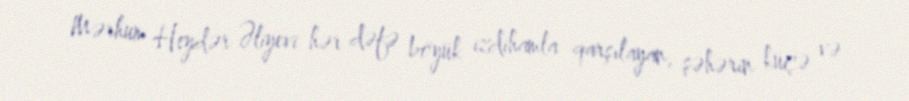
Mərhum Heydər Əliyevi hər dəfə böyük izdihamla qarşılayan, şəhərin küçə və